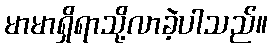
မာမာရှိရာသို့လာခဲ့ပါသည်။